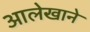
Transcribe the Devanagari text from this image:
आलेखाने